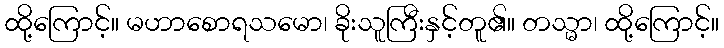
ထို့ကြောင့်။ မဟာစောရသမော၊ ခိုးသူကြီးနှင့်တူ၏။ တသ္မာ၊ ထို့ကြောင့်။